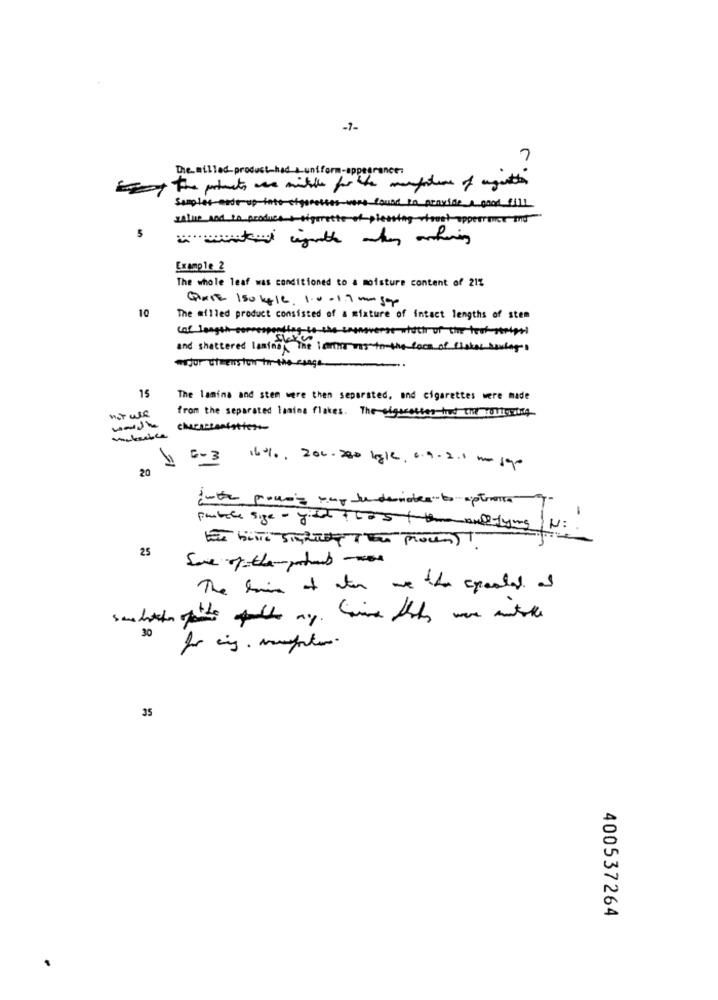
-7-
The milled product-had a uniform-appt
Samples-east-up fate ofgeresses were found po pravice a good will
salve and in product + tiporette of pleasing street opperrance ind
5
Example 2
The whole leaf was conditioned to a moisture content of 21%
Quart 150 kg16, 1.0 . 1.7 w sop
10
The milled product consisted of a mixture of intact lengths of stem
cof length corresponding to the coonoverse which of the tool stripsi
and shattered laminas The leriit was for the face of fisher soulages
erjur of enstor for the range
15
The lamina and sten were then separated, and cigarettes were made
from the separated lamina flakes. The gigacesser houdt che collierding
not we
chicascaniatien
1 5-3
20
16%, 200 - 300 kgle, 6.9. 2.1 1o 1gr
portale size - fish the5 th andtrying / N :.
25
The time of ater we the pooled af
30
35
400537264